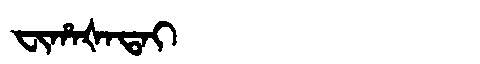
Manchu: ᠸᡳᡥᠠᡧᠠᡨᠠᡳ
Romanization: FIHAŠATAI